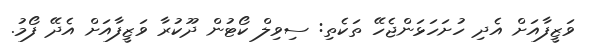
ވަޒީފާއަށް އެދި ހުށަހަޅަންޖެހޭ ތަކެތި: ސިވިލް ކޯޓުން ދޫކުރާ ވަޒީފާއަށް އެދޭ ފޯމު.